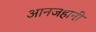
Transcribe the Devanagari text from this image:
आनजहानी